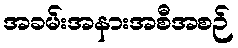
အခမ်းအနားအစီအစဉ်